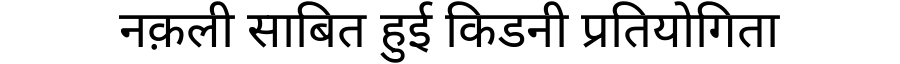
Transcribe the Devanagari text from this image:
नक़ली साबित हुई किडनी प्रतियोगिता